Vaccine operations Central Provinces & Berar 1912-1920 - 1912-1920
Year: 1912
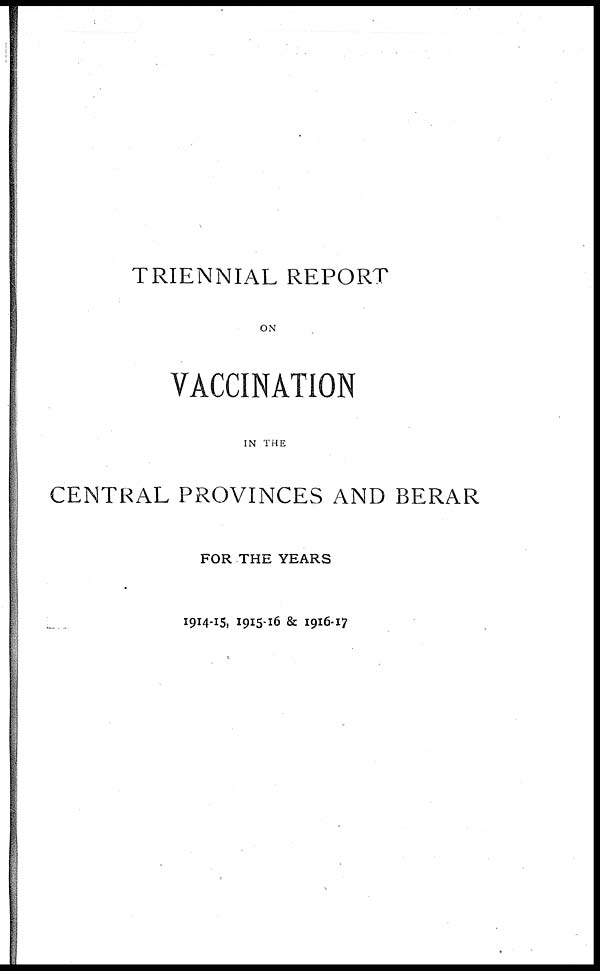
TRIENNIAL REPORT
ON
VACCINATION
IN THE
CENTRAL PROVINCES AND BERAR
FOR THE YEARS
1914-15, 1915-16 & 1916-17